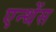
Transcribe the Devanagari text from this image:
एन्थेंस